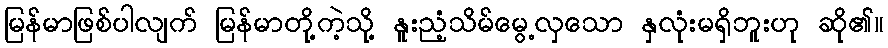
မြန်မာဖြစ်ပါလျက် မြန်မာတို့ကဲ့သို့ နူးညံ့သိမ်မွေ့လှသော နှလုံးမရှိဘူးဟု ဆို၏။